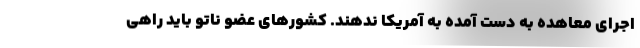
اجرای معاهده به دست آمده به آمریکا ندهند. کشورهای عضو ناتو باید راهی